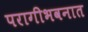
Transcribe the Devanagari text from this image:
परागीभवनात